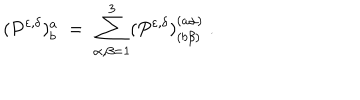
( P ^ { \varepsilon , \delta } ) _ { b } ^ { a } \; = \; \sum _ { \alpha , \beta = 1 } ^ { 3 } ( P ^ { \varepsilon , \delta } ) _ { ( b \beta ) } ^ { ( a \alpha ) } \; .